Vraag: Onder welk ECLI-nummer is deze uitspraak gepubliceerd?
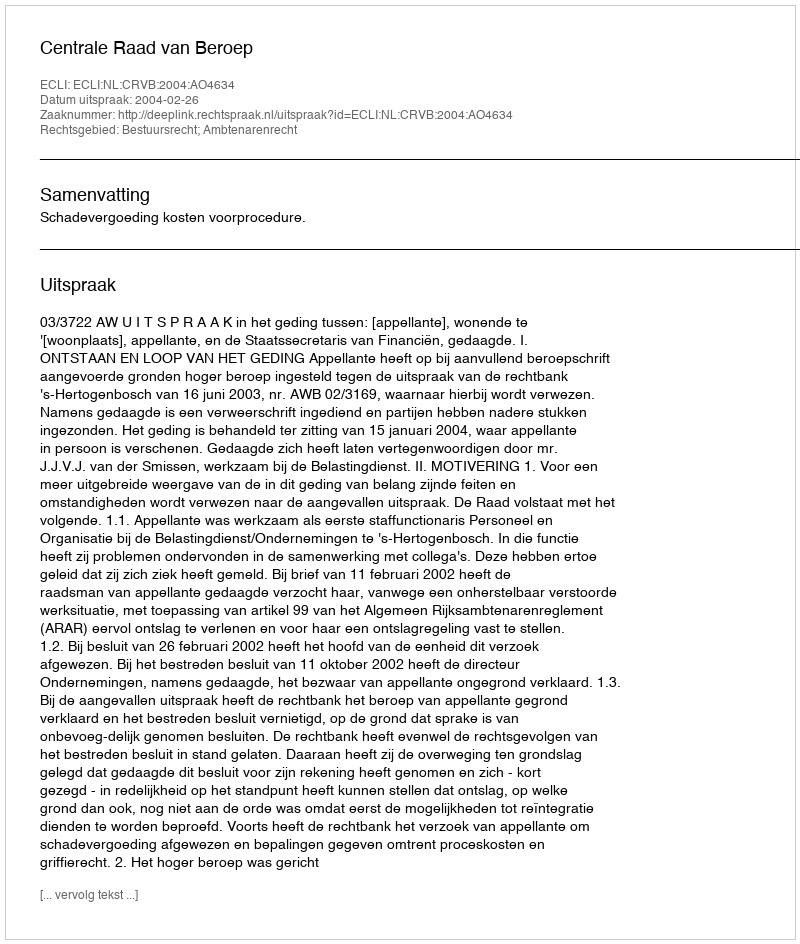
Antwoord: ECLI:NL:CRVB:2004:AO4634